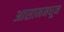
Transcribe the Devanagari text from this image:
आसाममधून